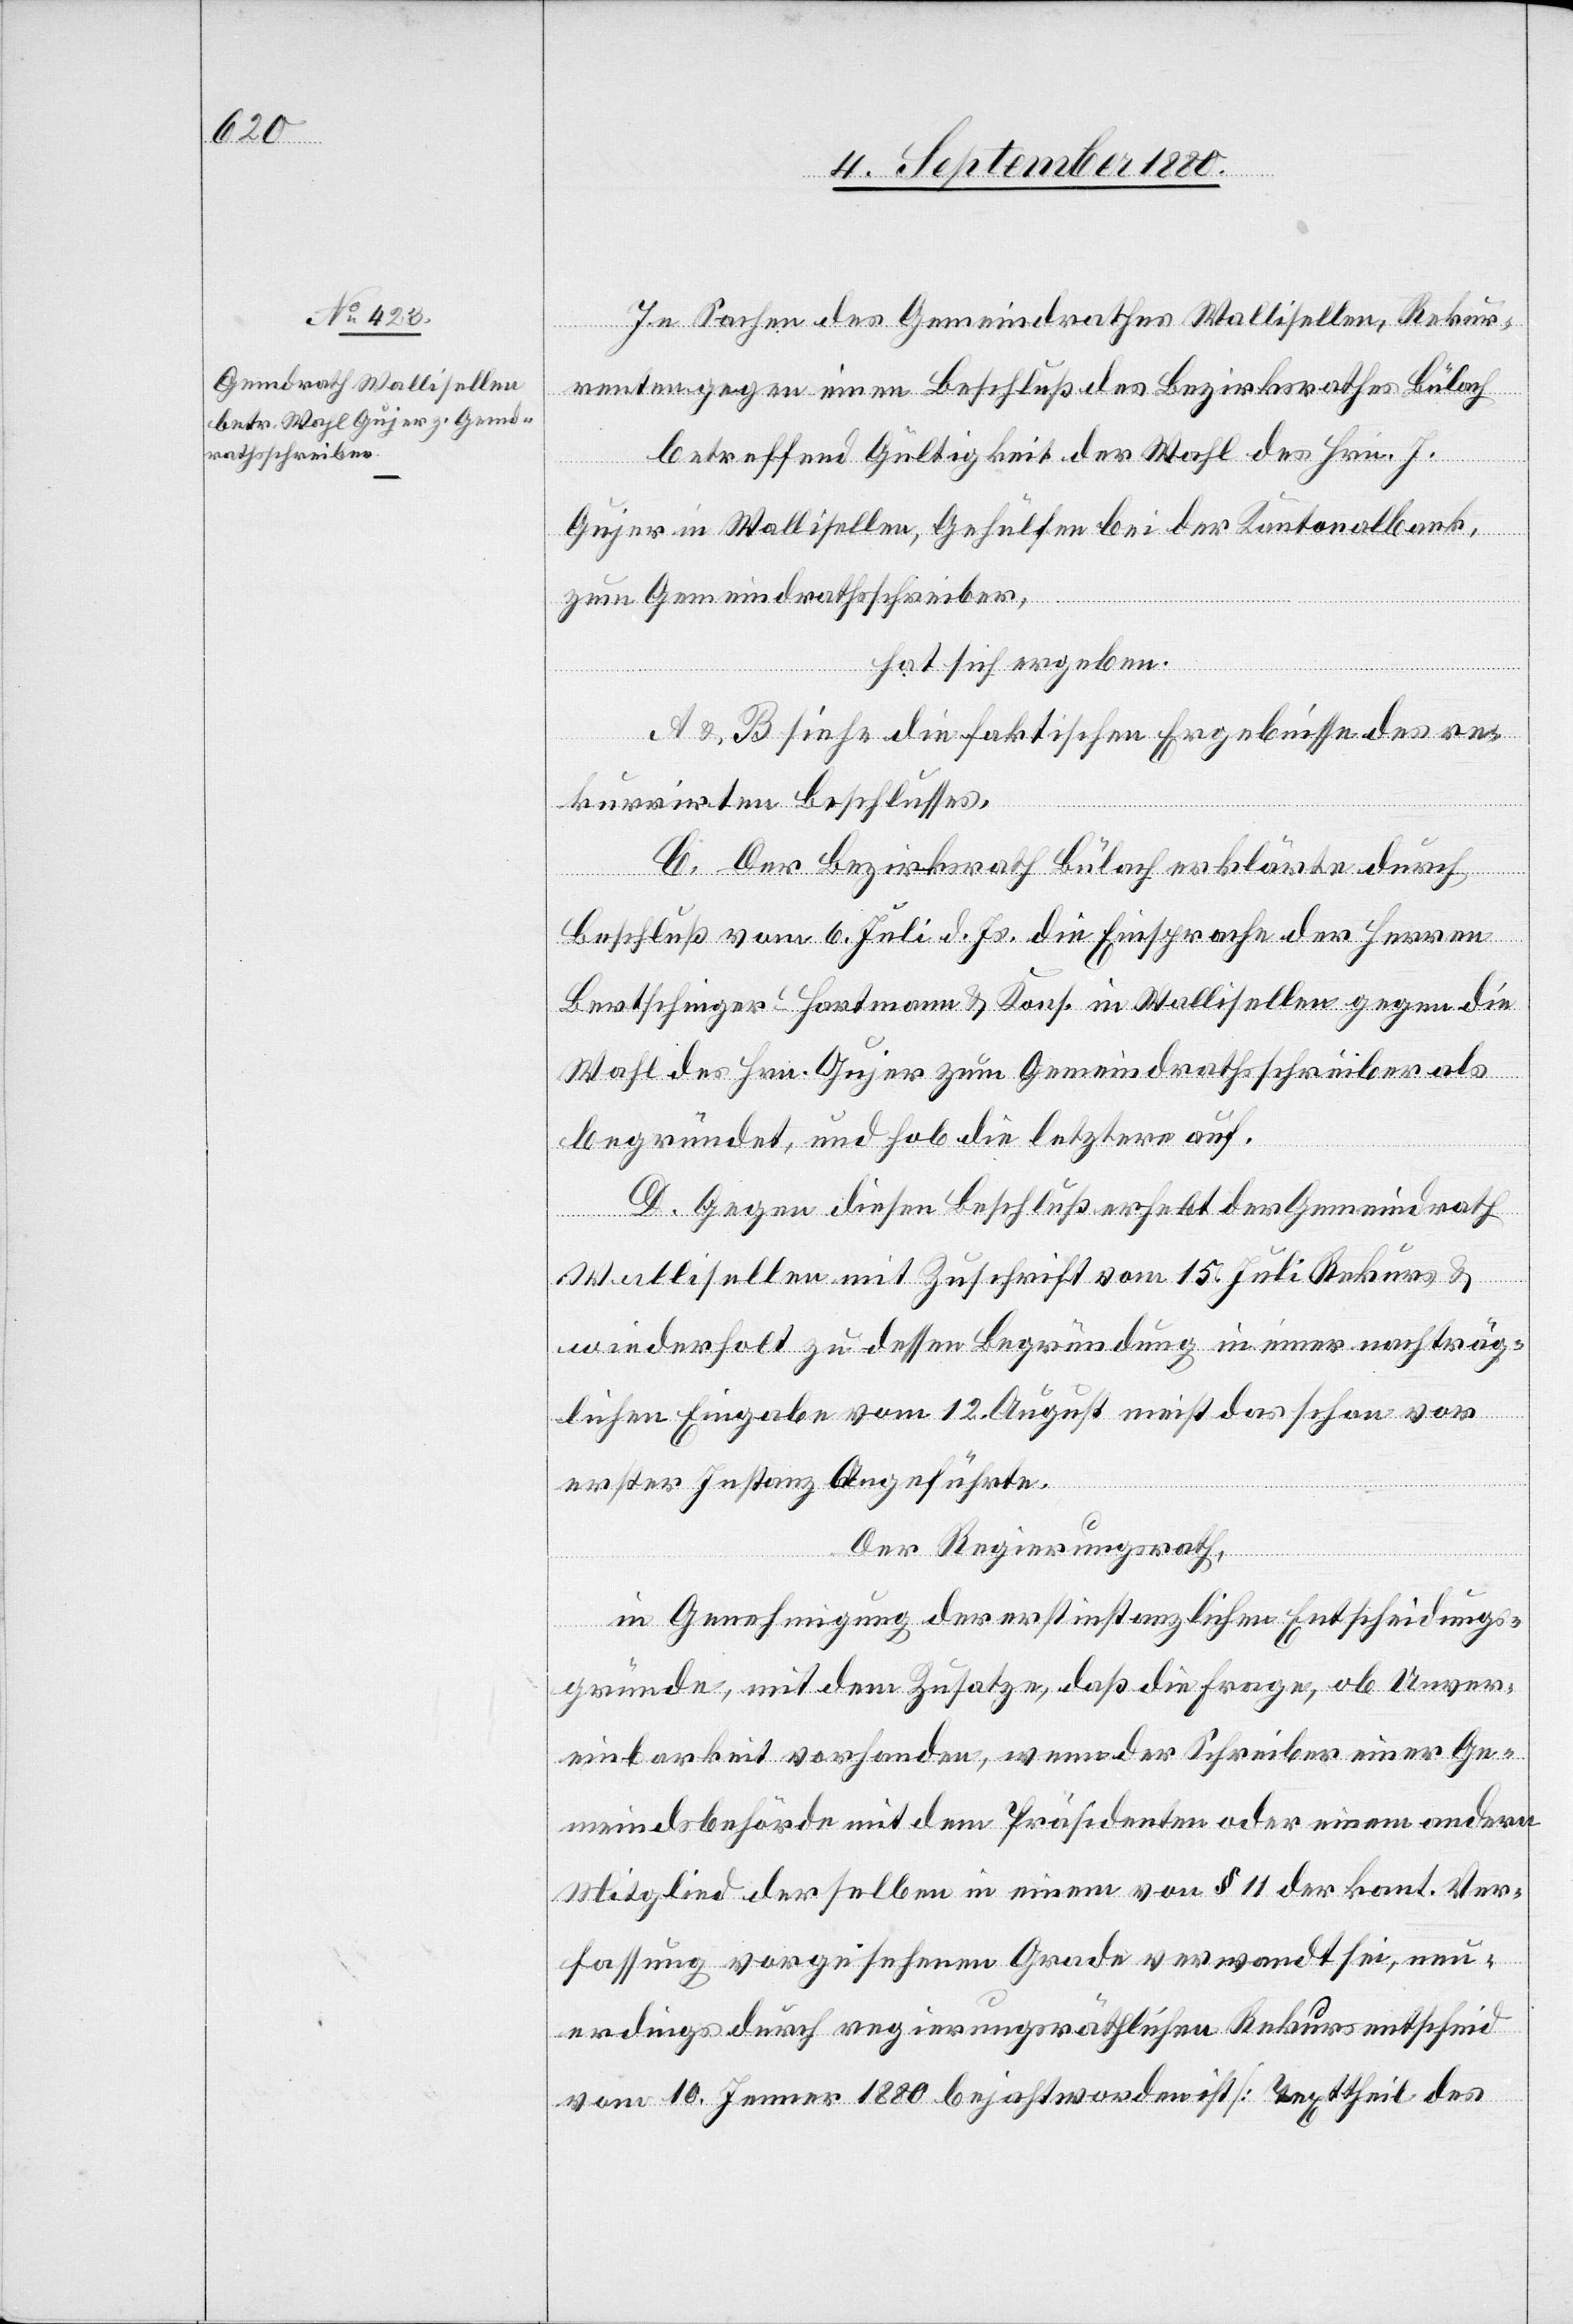
In Sachen des Gemeindrathes Wallisellen, Rekur¬
renten gegen einen Beschluß des Bezirksrathes Bülach
betreffend Gültigkeit der Wahl des Hrn. J.
Gujer in Wallisellen, Gehülfen bei der Kantonalbank,
zum Gemeindrathsschreiber,
hat sich ergeben.
A & B siehe die faktischen Ergebnisse des re¬
kurrirten Beschlusses.
C. Der Bezirksrath Bülach erklärte durch
Beschluß vom 6. Juli d. Js. die Einsprache der Herren
Bertschinger-Hartmann & Kons. in Wallisellen gegen die
Wahl des Hrn. Gujer zum Gmeindrathsschreiber als
begründet, und hob die letztere auf.
D. Gegen diesen Beschluß erhebt der Gemeindrath
Wallisellen mit Zuschrift vom 15. Juli Rekurs &
wiederholt zu dessen Begründung in einer nachträg¬
lichen Eingabe vom 12. August meist das schon vor
erster Instanz Angeführte.
Der Regierungsrath,
in Genehmigung der erstinstanzlichen Entscheidungs¬
gründen, mit dem Zusatze, daß die Frage, ob Unver¬
einbarkeit vorhanden, wenn der Schreiber einer Ge¬
meindsbehörde mit dem Präsidenten oder einem anderen
Mitglied derselben in einem von § 11 der kant. Ver¬
fassung vorgesehenem Grade verwandt sei, neu¬
erdings durch regierungsräthlichen Rekursentscheid
vom 10. Jenner 1880 bejaht worden ist [Texttheil des